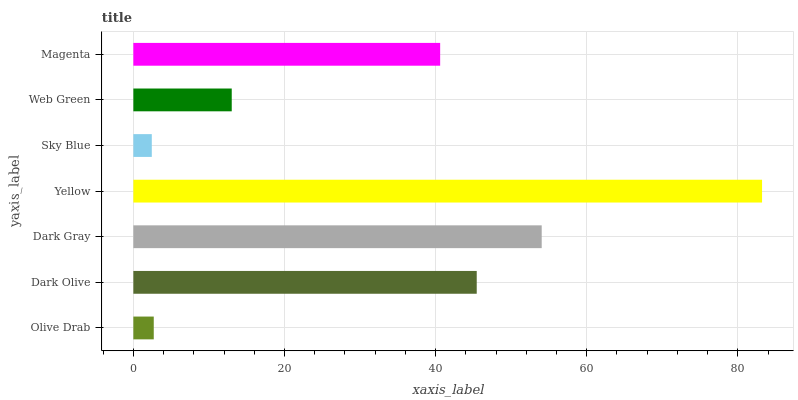
| yaxis_label | bars |
 | --- | --- |
 | Olive Drab | 2.7 |
 | Dark Olive | 45.4 |
 | Dark Gray | 54 |
 | Yellow | 83.2 |
 | Sky Blue | 2.44 |
 | Web Green | 13 |
 | Magenta | 40.6 |